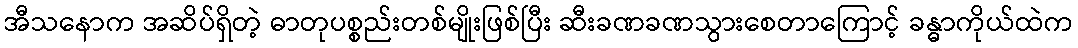
အီသနောက အဆိပ်ရှိတဲ့ ဓာတုပစ္စည်းတစ်မျိုးဖြစ်ပြီး ဆီးခဏခဏသွားစေတာကြောင့် ခန္ဓာကိုယ်ထဲက